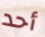
أحد